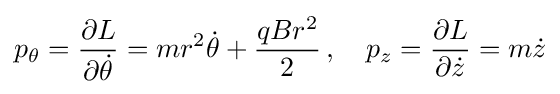
p_{\theta }={\frac {\partial L}{\partial {\dot {\theta }}}}=mr^{2}{\dot {\theta }}+{\frac {qBr^{2}}{2}}\,,\quad p_{z}={\frac {\partial L}{\partial {\dot {z}}}}=m{\dot {z}}